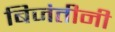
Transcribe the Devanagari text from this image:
बिजंतीनी